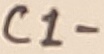
Text: C1-